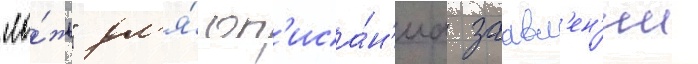
"ло́жь" дл'я́ оп'иса́н'иа заавл'ен'ии